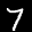
Label: 7